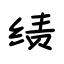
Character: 绩